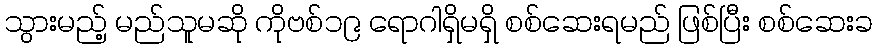
သွားမည့် မည်သူမဆို ကိုဗစ်၁၉ ရောဂါရှိမရှိ စစ်ဆေးရမည် ဖြစ်ပြီး စစ်ဆေးခ